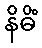
နိဓိံ